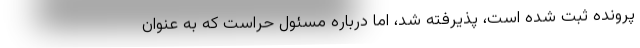
پرونده ثبت شده است، پذیرفته شد، اما درباره مسئول حراست که به عنوان